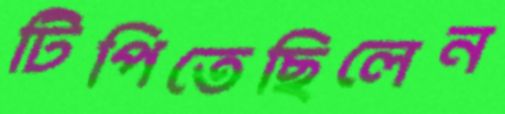
টিপিতেছিলেন